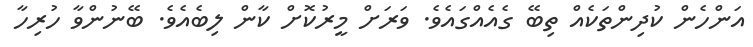
އަންހެން ކުދިންތަކެއް ތިބޭ ގެއެއްގައެވެ. ވަރަށް މީރުކޮށް ކާން ލިބެއެވެ. ބޭނުންވާ ހުރިހާ